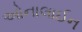
ઓનાલાઈન